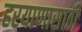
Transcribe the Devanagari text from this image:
हरयाणासाठी